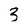
Character: 3